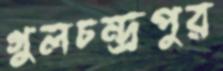
গুলচন্দ্রপুর